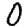
Digit: 0